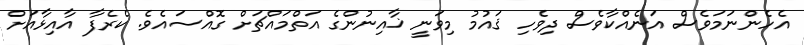
އެހެންނަމަވެސް އަނެއްކާވެސް ދިވެހި ޤައުމު މިވަނީ ޚާއިނުންގެ އަތްމައްޗަށް ގޮއްސައެވެ. ކެރެފާ އާއިޅާއަށް